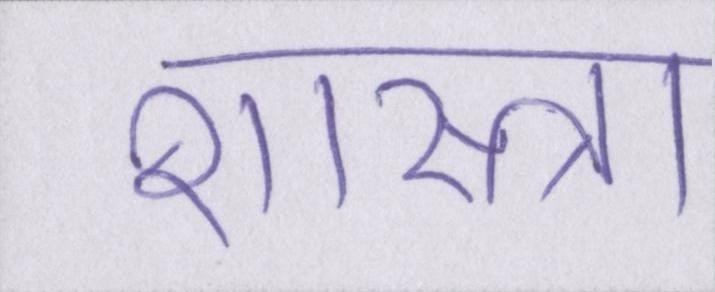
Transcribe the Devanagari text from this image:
शास्त्रा